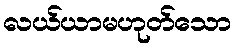
လယ်ယာမဟုတ်သော